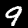
Digit: 9